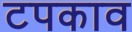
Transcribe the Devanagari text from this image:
टपकाव